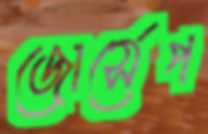
জোর্সেপ